Malaria in the Duars
Disease focus: Malaria
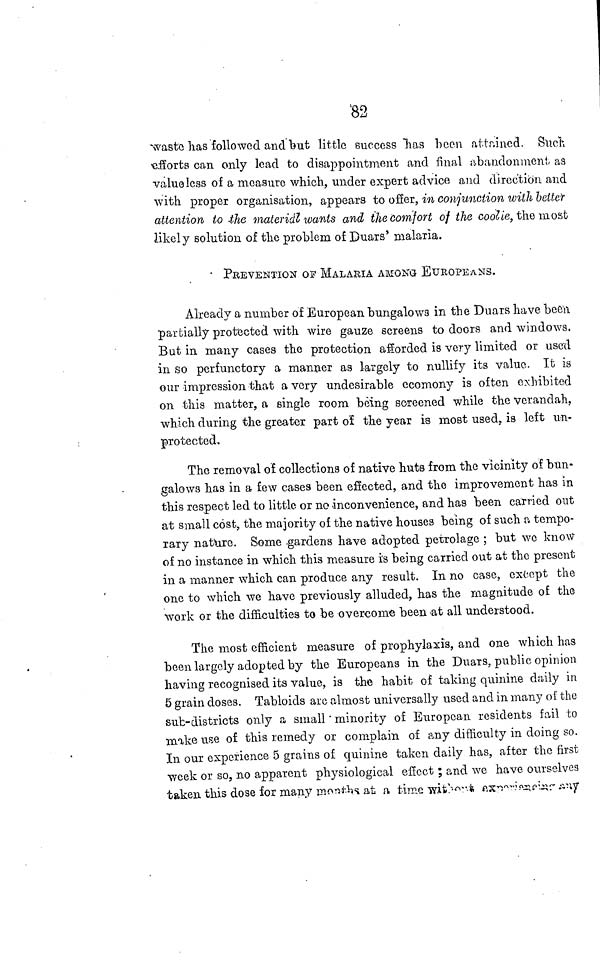
so
82
waste has followed and but little success has been attained. Suck
efforts can only lead to disappointment and final abandonment as
valueless of a measure which, under expert advice and direction and
with proper organisation, appears to offer, in conjunction with belter
attention to the material wants and the comfort of the coolie, the most
likely solution of the problem of Duars' malaria.
PREVENTION OF MALARIA AMONG EUROPEANS.
Already a number of European bungalows in the Duars have been
partially protected with wire gauze screens to doors and windows.
But in many cases the protection afforded is very limited or used
in so perfunctory a manner as largely to nullify its value. It is
our impression that a very undesirable ecomony is often exhibited
on this matter, a single room being screened while the verandah,
which during the greater part of the year is most used, is left un-
protected.
The removal of collections of native huts from the vicinity of bun-
galows has in a few cases been effected, and the improvement has in
this respect led to little or no inconvenience, and has been carried out
at small cost, the majority of the native houses being of such a tempo-
rary nature. Some gardens have adopted petrolage ; but we know
of no instance in which this measure is being carried out at the present
in a manner which can produce any result. In no case, except the
one to which we have previously alluded, has the magnitude of the
work or the difficulties to be overcome been at all understood.
The most efficient measure of prophylaxis, and one which has
been largely adopted by the Europeans in the Duars, public opinion
having recognised its value, is the habit of taking quinine daily in
5 grain doses. Tabloids are almost universally used and in many oí the
sub-districts only a small minority of European residents fail to
make use of this remedy or complain of any difficulty in doing so.
In our experience 5 grains of quinine taken daily has, after the first
week or so, no apparent physiological effect ; and we have ourselves
taken this dose for many months at a time without experience any